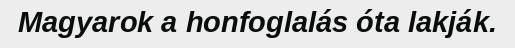
Magyarok a honfoglalás óta lakják.